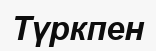
Түркпен